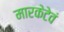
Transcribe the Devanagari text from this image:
मारकेटेवं